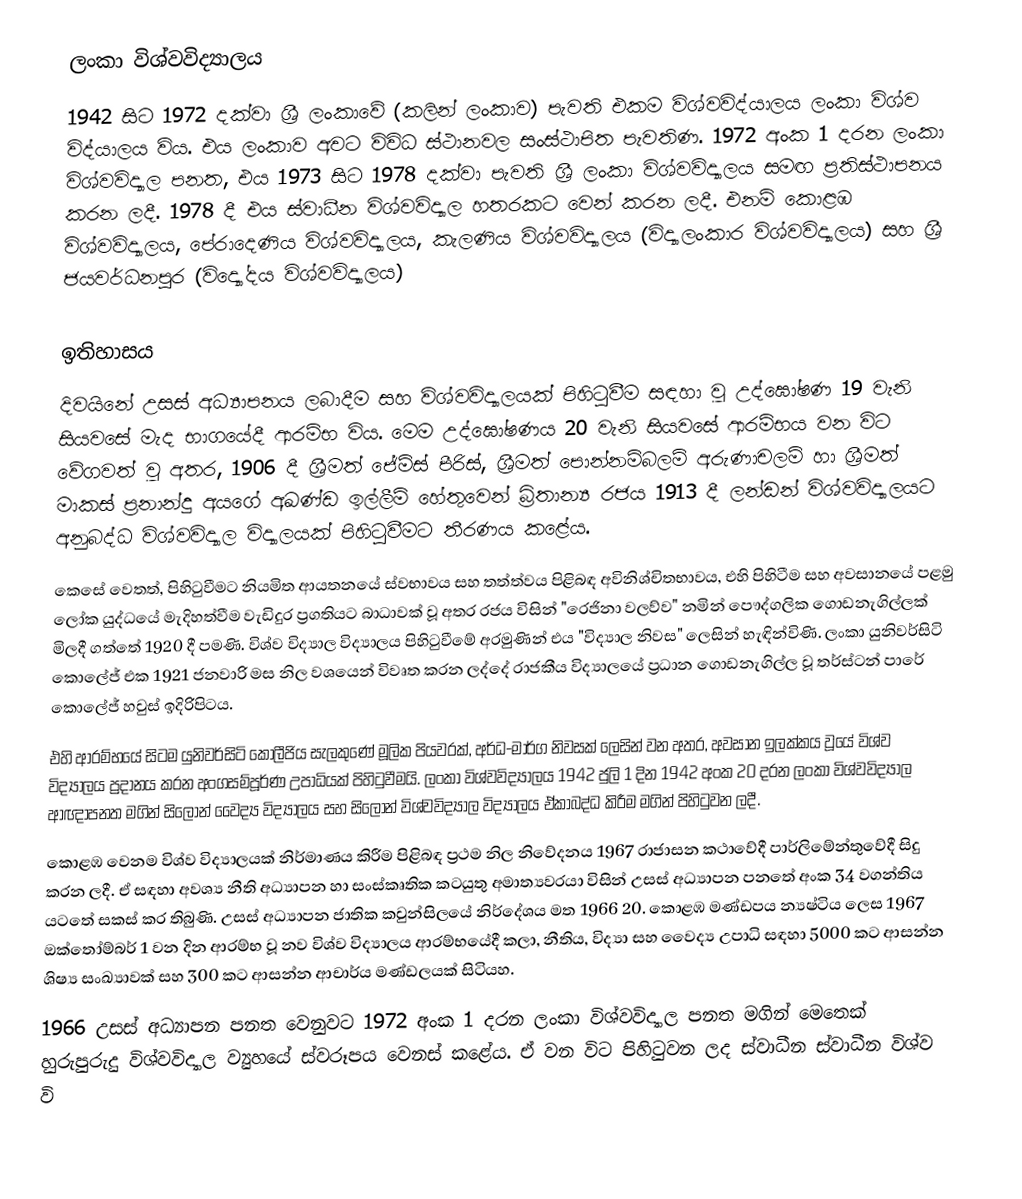
ලංකා විශ්වවිද්‍යාලය
1942 සිට 1972 දක්වා ශ්‍රී ලංකාවේ (කලින් ලංකාව) පැවති එකම විශ්වවිද්යාලය ලංකා විශ්ව විද්යාලය විය. එය ලංකාව අවට විවිධ ස්ථානවල සංස්ථාපිත පැවතිණ.  1972 අංක 1 දරන ලංකා විශ්වවිද්‍යාල පනත, එය 1973 සිට 1978 දක්වා පැවති ශ්‍රී ලංකා විශ්වවිද්‍යාලය  සමඟ ප්‍රතිස්ථාපනය කරන ලදී. 1978 දී එය ස්වාධීන විශ්වවිද්‍යාල හතරකට වෙන් කරන ලදී.  එනම් කොළඹ විශ්වවිද්‍යාලය, පේරාදෙණිය විශ්වවිද්‍යාලය, කැලණිය විශ්වවිද්‍යාලය (විද්‍යාලංකාර විශ්වවිද්‍යාලය) සහ ශ්‍රී ජයවර්ධනපුර (විද්‍යෝදය විශ්වවිද්‍යාලය)

ඉතිහාසය
දිවයිනේ උසස් අධ්‍යාපනය ලබාදීම සහ විශ්වවිද්‍යාලයක් පිහිටුවීම සඳහා වූ උද්ඝෝෂණ 19 වැනි සියවසේ මැද භාගයේදී ආරම්භ විය.  මෙම උද්ඝෝෂණය 20 වැනි සියවසේ ආරම්භය වන විට වේගවත් වූ අතර, 1906 දී ශ්‍රීමත් ජේම්ස් පීරිස්, ශ්‍රීමත් පොන්නම්බලම් අරුණාචලම් හා ශ්‍රීමත් මාකස් ප්‍රනාන්දු අයගේ අඛණ්ඩ ඉල්ලීම් හේතුවෙන් බ්‍රිතාන්‍ය රජය 1913 දී ලන්ඩන් විශ්වවිද්‍යාලයට අනුබද්ධ විශ්වවිද්‍යාල විද්‍යාලයක් පිහිටුවීමට තීරණය කළේය.
කෙසේ වෙතත්, පිහිටුවීමට නියමිත ආයතනයේ ස්වභාවය සහ තත්ත්වය පිළිබඳ අවිනිශ්චිතභාවය, එහි පිහිටීම සහ අවසානයේ පළමු ලෝක යුද්ධයේ මැදිහත්වීම වැඩිදුර ප්‍රගතියට බාධාවක් වූ අතර රජය විසින් "රෙජිනා වලව්ව" නමින් පෞද්ගලික ගොඩනැගිල්ලක් මිලදී ගත්තේ 1920 දී පමණි.  විශ්ව විද්‍යාල විද්‍යාලය පිහිටුවීමේ අරමුණින් එය "විද්‍යාල නිවස" ලෙසින් හැඳින්විණි.  ලංකා යුනිවර්සිටි කොලේජ් එක 1921 ජනවාරි මස නිල වශයෙන් විවෘත කරන ලද්දේ රාජකීය විද්‍යාලයේ ප්‍රධාන ගොඩනැගිල්ල වූ තර්ස්ටන් පාරේ කොලේජ් හවුස් ඉදිරිපිටය.
එහි ආරම්භයේ සිටම යුනිවර්සිටි කොලීජිය සැලකුණේ මූලික පියවරක්, අර්ධ-මාර්ග නිවසක් ලෙසින් වන අතර, අවසාන ඉලක්කය වූයේ විශ්ව විද්‍යාලය ප්‍රදානය කරන අංගසම්පූර්ණ උපාධියක් පිහිටුවීමයි.  ලංකා විශ්වවිද්‍යාලය 1942 ජුලි 1 දින 1942 අංක 20 දරන ලංකා විශ්වවිද්‍යාල ආඥාපනත මගින් සිලෝන් වෛද්‍ය විද්‍යාලය සහ සිලෝන් විශ්වවිද්‍යාල විද්‍යාලය ඒකාබද්ධ කිරීම මගින් පිහිටුවන ලදී.
කොළඹ වෙනම විශ්ව විද්‍යාලයක් නිර්මාණය කිරීම පිළිබඳ ප්‍රථම නිල නිවේදනය 1967 රාජාසන කථාවේදී පාර්ලිමේන්තුවේදී සිදු කරන ලදී. ඒ සඳහා අවශ්‍ය නීති අධ්‍යාපන හා සංස්කෘතික කටයුතු අමාත්‍යවරයා විසින් උසස් අධ්‍යාපන පනතේ අංක 34 වගන්තිය යටතේ සකස් කර තිබුණි.  උසස් අධ්‍යාපන ජාතික කවුන්සිලයේ නිර්දේශය මත 1966 20.  කොළඹ මණ්ඩපය න්‍යෂ්ටිය ලෙස 1967 ඔක්තෝම්බර් 1 වන දින ආරම්භ වූ නව විශ්ව විද්‍යාලය ආරම්භයේදී කලා, නීතිය, විද්‍යා සහ වෛද්‍ය උපාධි සඳහා 5000 කට ආසන්න ශිෂ්‍ය සංඛ්‍යාවක් සහ 300 කට ආසන්න ආචාර්ය මණ්ඩලයක් සිටියහ.
1966 උසස් අධ්‍යාපන පනත වෙනුවට 1972 අංක 1 දරන ලංකා විශ්වවිද්‍යාල පනත මගින් මෙතෙක් හුරුපුරුදු විශ්වවිද්‍යාල ව්‍යුහයේ ස්වරූපය වෙනස් කළේය.  ඒ වන විට පිහිටුවන ලද ස්වාධීන ස්වාධීන විශ්ව වි